Civil Veterinary Dept. Bombay admin report 1923-31 - 1923-1931
Year: 1923
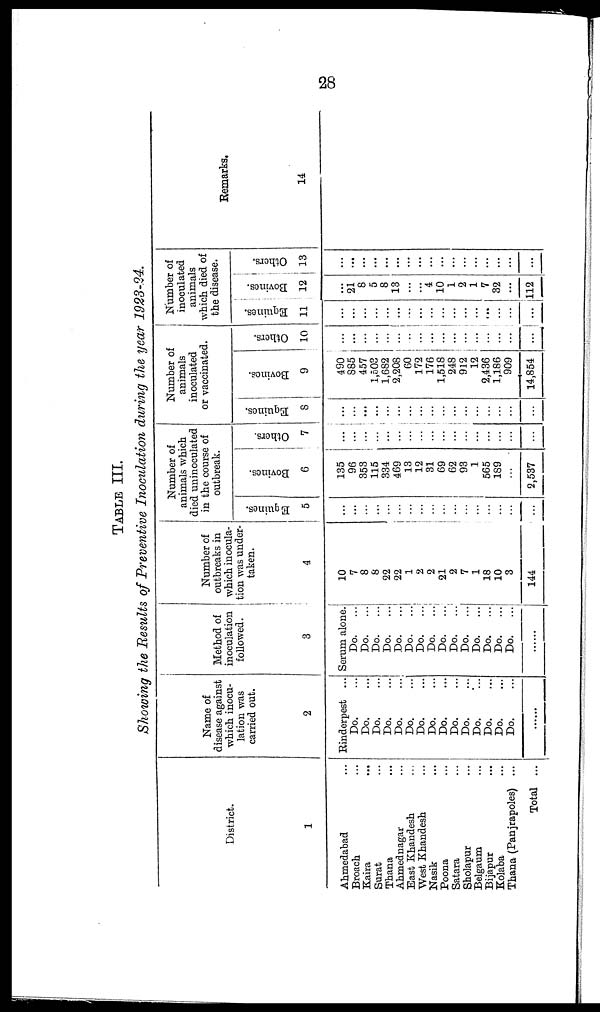
28
TABLE III.
Showing the Results of Preventive Inoculation during the year 1923-24.
District.
1
Ahmedabad ...
Broach ...
Kaira ...
Surat ...
Thana ...
Ahmednagar ...
East Khandesh ...
West Khandesh ...
Nasik ...
Poona ...
Satara ...
Sholapur ...
Belgaum ...
Bijapur ...
Kolaba ...
Thana (Panjrapoles) ...
Total ...
Name of
disease against
which inocu-
lation was
carried out.
2
Rinderpest ...
Do. ...
Do. ...
Do. ...
Do. ...
Do. ...
Do. ...
Do. ...
Do. ...
Do. ...
Do. ...
Do. ...
Do. ...
Do. ...
Do. ...
Do. ...
......
Method of
inoculation
followed.
3
Serum alone.
Do.
...
Do.
...
Do.
...
Do.
...
Do.
...
Do.
...
Do.
...
Do.
...
Do.
...
Do.
...
Do.
...
Do.
...
Do.
...
Do.
...
Do.
...
......
Number of
outbreaks in
which inocula-
tion was under-
taken.
4
10
7
8
8
22
22
1
2
2
21
2
7
1
18
10
3
144
Number of
animals which
died uninoculated
in the course of
outbreak.
Equines.
5
...
...
...
...
...
...
...
...
...
...
...
...
...
...
...
...
...
Bovines.
6
135
96
353
115
334
469
13
12
31
69
62
93
1
565
189
...
2,537
Others.
7
...
...
...
...
...
...
...
...
...
...
...
...
...
...
...
...
...
Number of
animals
inoculated
or vaccinated.
Equines.
8
...
...
...
...
...
...
...
...
...
...
...
...
...
...
...
...
...
Bovines.
9
490
885
457
1,503
1,682
2,208
60
172
176
1,518
248
912
12
2,436
1,186
909
14,854
Others.
10
...
...
...
...
...
...
...
...
...
...
...
...
...
...
...
...
...
Number of
inoculated
animals
which died of
the disease.
Equines.
11
...
...
...
...
...
...
...
...
...
...
...
...
...
...
...
...
...
Bovines.
12
...
21
8
5
8
13
...
...
4
10
1
2
1
7
32
...
112
Others.
13
...
...
...
...
...
...
...
...
...
...
...
...
...
...
...
...
...
Remarks.
14